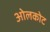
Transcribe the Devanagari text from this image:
ओलकोट